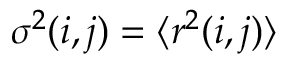
\sigma ^ { 2 } ( i , j ) = \langle r ^ { 2 } ( i , j ) \rangle